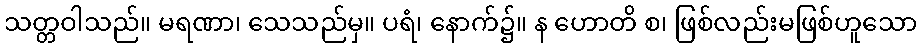
သတ္တဝါသည်။ မရဏာ၊ သေသည်မှ။ ပရံ၊ နောက်၌။ န ဟောတိ စ၊ ဖြစ်လည်းမဖြစ်ဟူသော